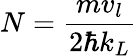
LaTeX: N=\frac{mv_{l}}{2\hbar k_{L}}